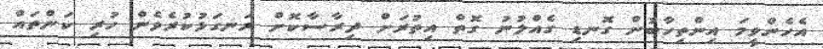
އެހެންވީމަ އިންތިހާބުން ގޮނޑި ގެއްލުނު ގޮތް އިތުރަށް ދިރާސާކޮށް ރަނގަޅުކުރެވެން ހުރި ކަންތައް